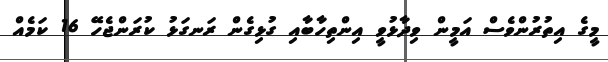
މީގެ އިތުރުންވެސް އަމީން ވިދާޅުވީ އިންތިހާބާއި ގުޅިގެން ރަނގަޅު ކުރަންޖެހޭ 16 ކަމެއް